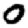
Digit: 0